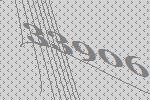
33906